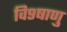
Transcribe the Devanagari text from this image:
वि९षाणु